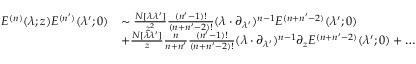
\begin{array} { r l } { E ^ { ( n ) } ( \lambda ; z ) E ^ { ( n ^ { \prime } ) } ( \lambda ^ { \prime } ; 0 ) } & { \sim \frac { N [ \lambda \lambda ^ { \prime } ] } { z ^ { 2 } } \frac { ( n ^ { \prime } - 1 ) ! } { ( n + n ^ { \prime } - 2 ) ! } ( \lambda \cdot \partial _ { \lambda ^ { \prime } } ) ^ { n - 1 } E ^ { ( n + n ^ { \prime } - 2 ) } ( \lambda ^ { \prime } ; 0 ) } \\ & { + \frac { N [ \lambda \lambda ^ { \prime } ] } { z } \frac { n } { n + n ^ { \prime } } \frac { ( n ^ { \prime } - 1 ) ! } { ( n + n ^ { \prime } - 2 ) ! } ( \lambda \cdot \partial _ { \lambda ^ { \prime } } ) ^ { n - 1 } \partial _ { z } E ^ { ( n + n ^ { \prime } - 2 ) } ( \lambda ^ { \prime } ; 0 ) + \dots } \end{array}